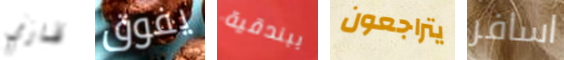
قاري يفوق ببندقية يتراجعون اسافر